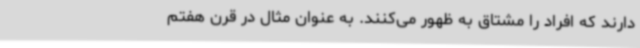
دارند که افراد را مشتاق به ظهور می‌کنند. به عنوان مثال در قرن هفتم